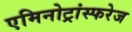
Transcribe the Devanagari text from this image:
एमिनोट्रांस्फरेज